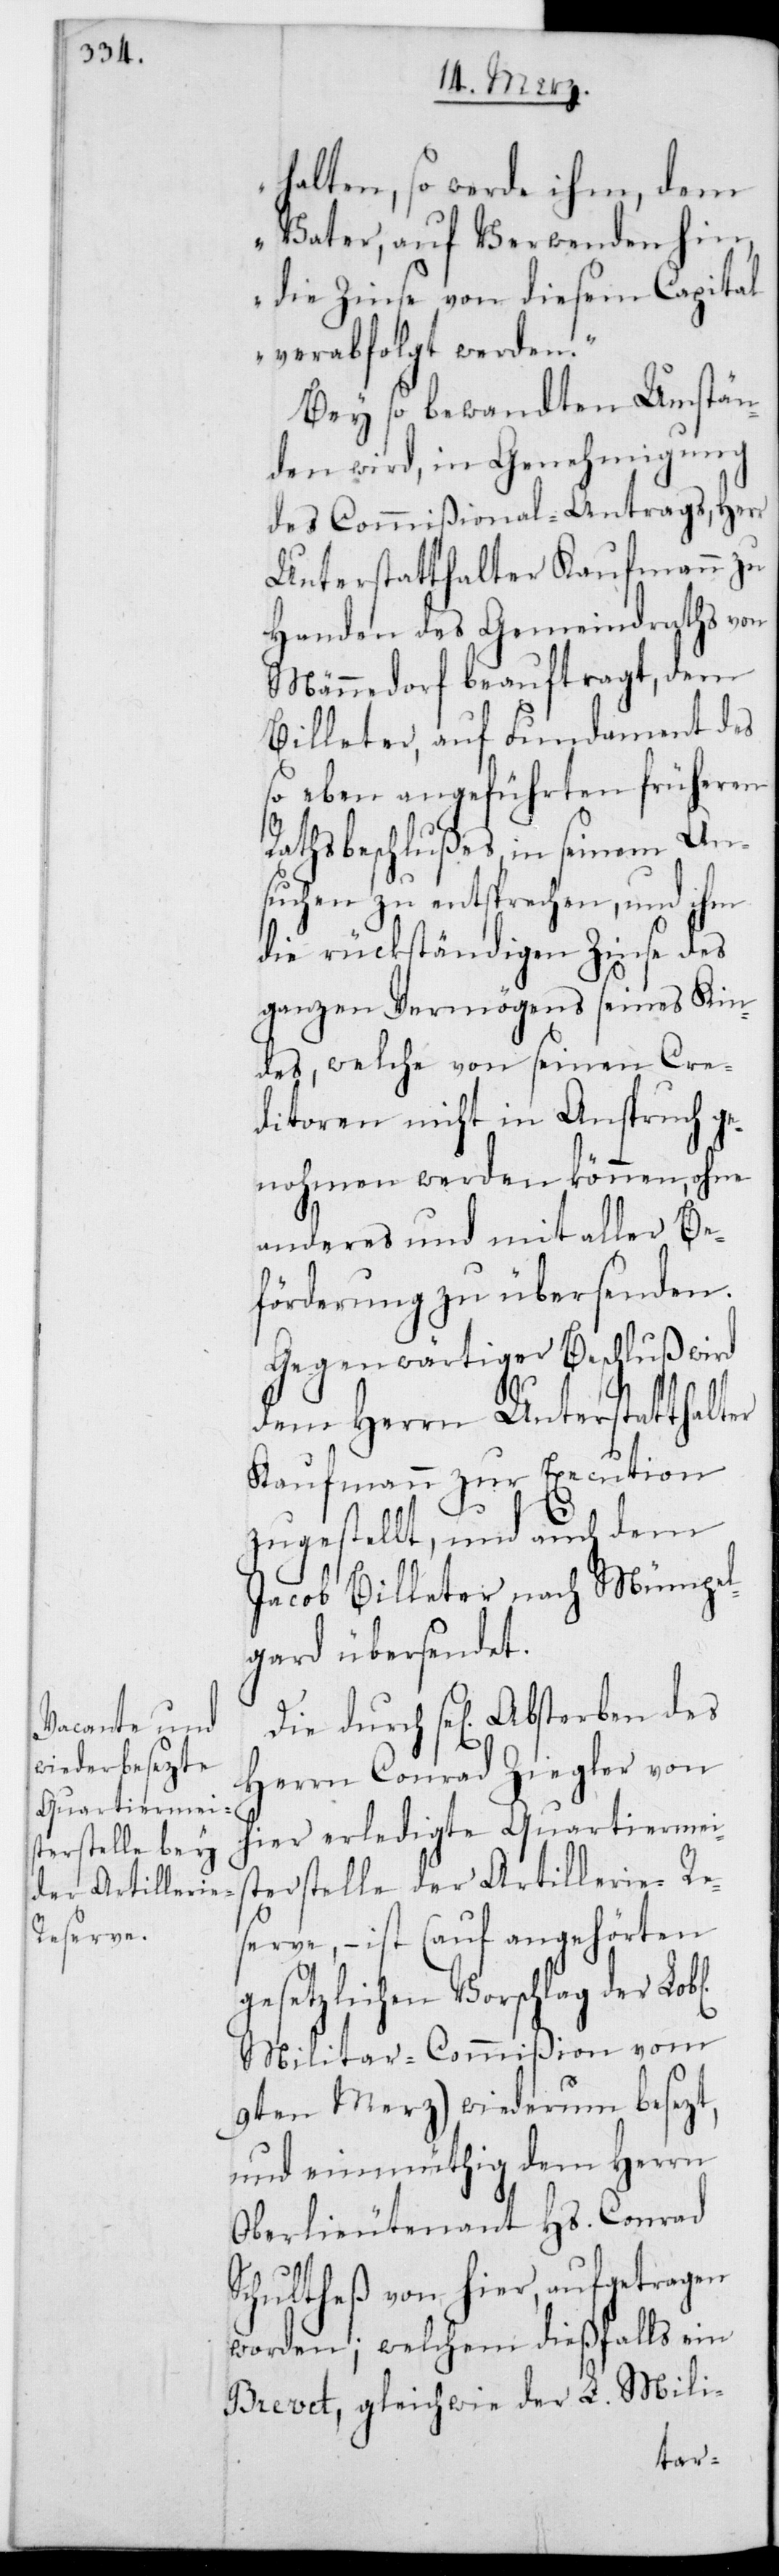
halten, so werde ihm, dem
Vater, auf Verwenden hin,
die Zinse von diesem Capital
verabfolgt werden“.
Bey so bewandten Umstän¬
den wird, in Genehmigung
des Commißional-Antrags, Herr
Unterstatthalter Kaufmann zu
Handen des Gemeindraths von
Männedorf beauftragt, den
Billeter, auf Fundament des
so eben angeführten früheren
Rathsbeschlußes in seinem An¬
suchen zu entsprechen, und ihm
die rückständigen Zinse des
ganzen Vermögens seines Kin¬
des, welche von seinen Cre¬
ditoren nicht in Anspruch ge¬
nohmen werden können, ohne
anderes und mit aller Be¬
förderung zu übersenden.
Gegenwärtiger Beschluß wird
dem Herrn Unterstatthalter
Kaufmann zur Execution
zugestellt, und auch dem
Jacob Billeter nach Mümpe¬
lgard übersendet.
Herrn Conrad Ziegler von
hier erledigte Quartiermeis¬
terstelle der Artillerie-Re¬
serve, – ist (auf angehörten
gesetzlichen Vorschlag der L.
Militar-Commißion vom
9ten Merz) wiederum besetzt,
und einmüthig dem Herrn
Oberlieutenant Hs. Conrad
Schutlheß von hier, aufgetragen
worden; welchem dießfalls ein
Brevet, gleichwie der L. Milit-